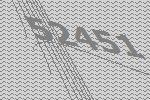
52451